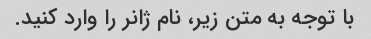
با توجه به متن زیر، نام ژانر را وارد کنید.